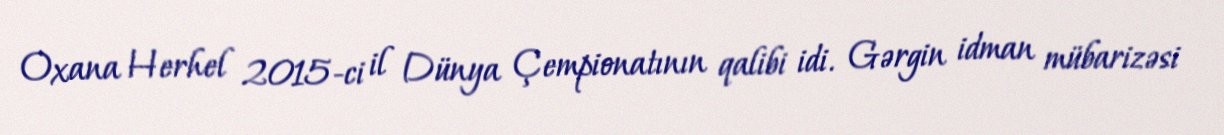
Oxana Herhel 2015-ci il Dünya Çempionatının qalibi idi. Gərgin idman mübarizəsi